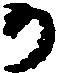
か